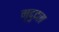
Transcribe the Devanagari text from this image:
मृदुदल